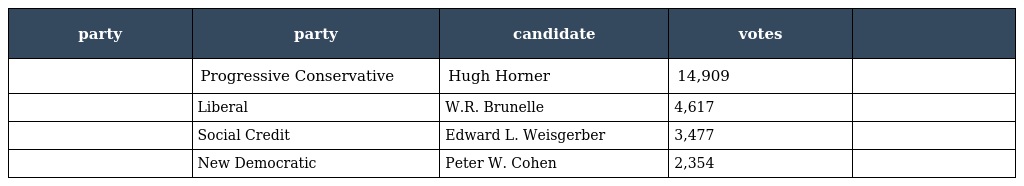
| party | party | candidate | votes |  |
 | --- | --- | --- | --- | --- |
 |  | Progressive Conservative | Hugh Horner | 14,909 |  |
 |  | Liberal | W.R. Brunelle | 4,617 |  |
 |  | Social Credit | Edward L. Weisgerber | 3,477 |  |
 |  | New Democratic | Peter W. Cohen | 2,354 |  |